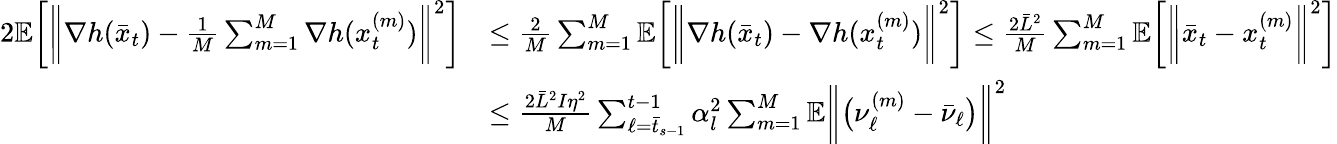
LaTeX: \begin{array}{rl}{2\mathbb{E}\bigg[\bigg\| \nabla h(\bar{x}_{t})-\frac{1}{M}\sum_{m=1}^{M}\nabla h(x_{t}^{(m)})\bigg\| ^{2}\bigg]}&{\leq\frac{2}{M}\sum_{m=1}^{M}\mathbb{E}\bigg[\bigg\| \nabla h(\bar{x}_{t})-\nabla h(x_{t}^{(m)})\bigg\| ^{2}\bigg]\leq\frac{2\bar{L}^{2}}{M}\sum_{m=1}^{M}\mathbb{E}\bigg[\bigg\| \bar{x}_{t}-x_{t}^{(m)}\bigg\| ^{2}\bigg]}\\ &{\leq\frac{2\bar{L}^{2}I\eta^{2}}{M}\sum_{\ell=\bar{t}_{s-1}}^{t-1}\alpha_{l}^{2}\sum_{m=1}^{M}\mathbb{E}\bigg\| \big(\nu_{\ell}^{(m)}-\bar{\nu}_{\ell}\big)\bigg\| ^{2}}\end{array}